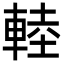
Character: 䡜